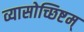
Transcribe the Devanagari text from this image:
व्यासोच्छिष्टम्